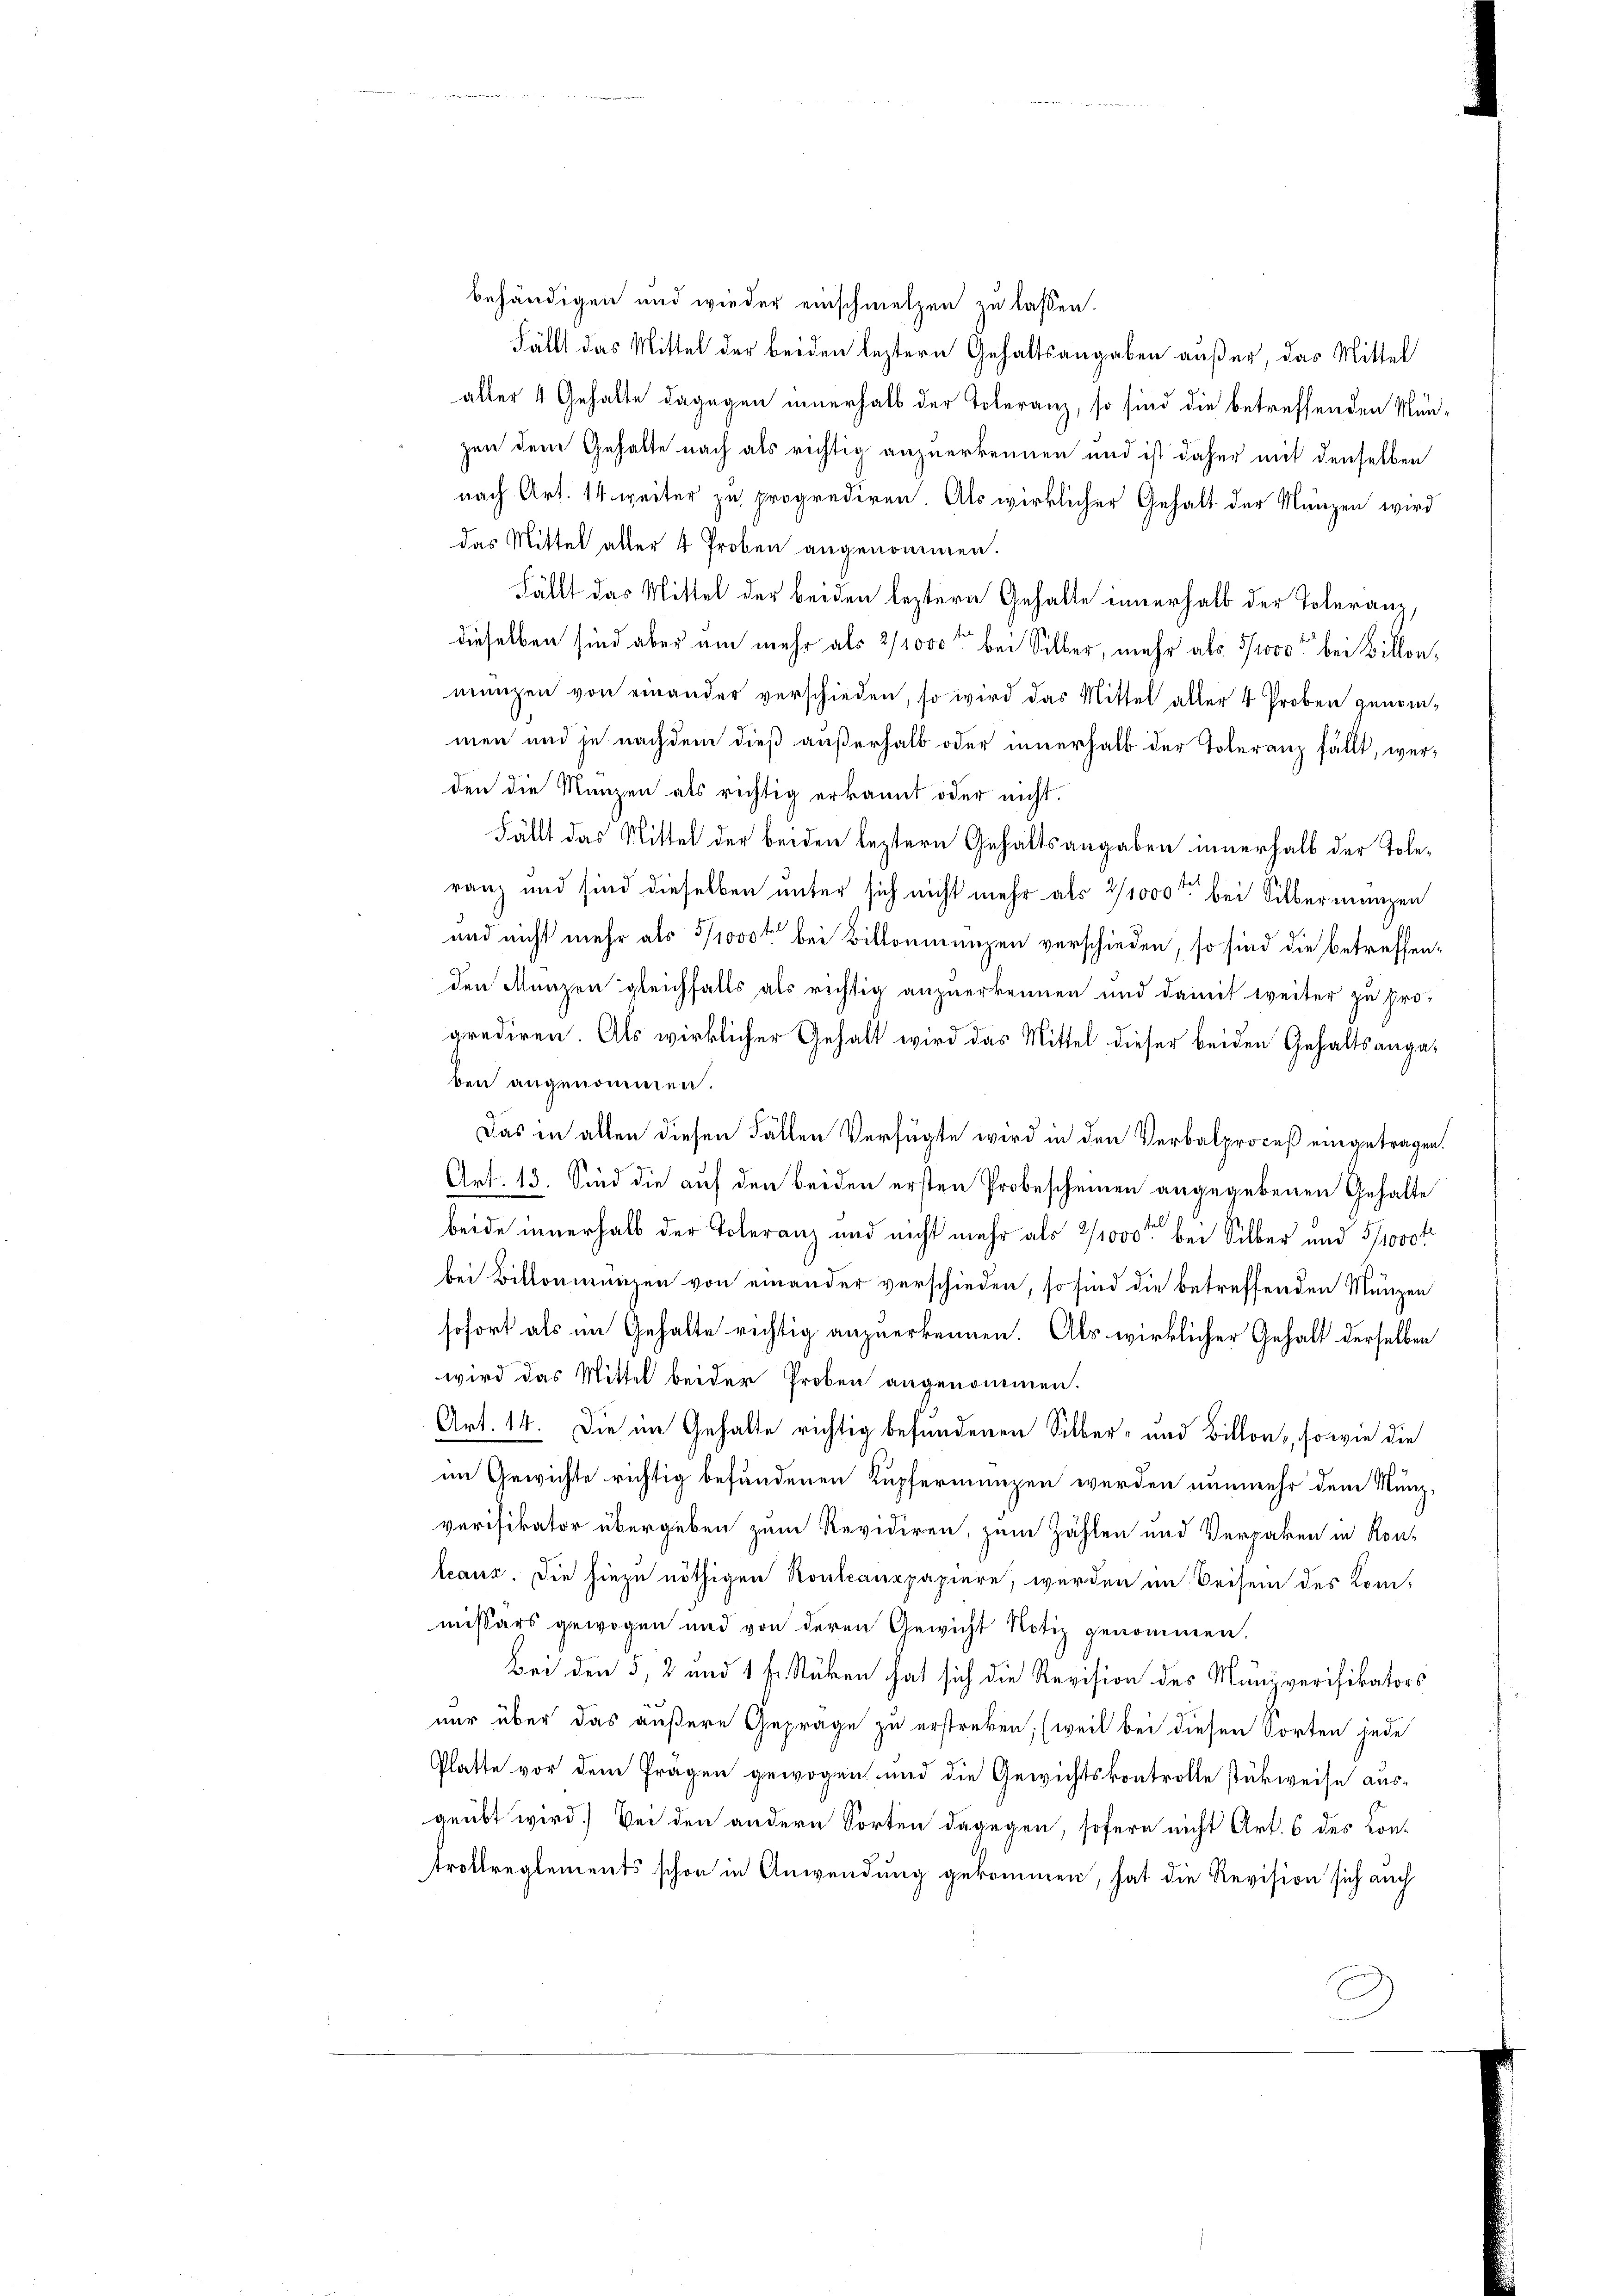
behändigen und wieder einschmelzen zu lassen.
Fällt das Mittel der beiden leztern Gehaltsangaben außer, das Mittel
aller 4 Gehalte dagegen innerhalb der Toleranz, so sind die betreffenden Münzen dem Gehalte nach als richtig anzuerkennen und ist daher mit denselben
nach Art. 14 weiter zu proprediren. Als wirklicher Gehalt der Mänzen wird
das Mittel aller 4 Proben angenommen.
Fällt das Mittel der beiden leztern Gehalte innerhalb der Toleranz,
dieselben sind aber am mehr als 2/1000 bei Silber, mehr als 5/1000 bei Billenmanzen von einander verschieden, so wird das Mittel aller 4 Proben genommen und je nachdem dieß außerhalb oder innerhalb der Toleranz fällt, werden die Manzen als richtig erkannt oder nicht.
Fällt das Mittel der beiden leztern Gehaltsangaben innerhalb der Toleranz und sind dieselben unter sich nicht mehr als 2/1000 bei Silbermangen
und nicht mehr als 5/1000 rtl bei Billonmengen verschieden, so sind die betreffenden Manzen gleichfalls als richtig anzuerkennen und damit weiter zu pro-
prediren. Als wirklicher Gehalt wird das Mittel dieser beiden Gehaltsangaben angenommen.
Das in alten diesen Fällen Verfügte wird in den Verbalproceß eingetragen.
Art. 13. Sind die auf den beiden ersten Probescheinen angegebenen Gehalte
beide innerhalb der Toleranz und nicht mehr als 2/1000 bei Silber und 3/1000f
bei Bittenmanzen von einander verschieden, so sind die betreffenden Mängen
sofort als im Gehalte richtig anzuerkennen. Als wirklicher Gehalt derselben
wird das Mittel beider Proben angenommen.
Art. 14. Die im Gehalte richtig befundenen Silber- und Billons, so wie die
im Gewichte richtig befundenen Kupfermanzen werden nunmehr dem Munz,
verifikator übergeben zum Revidiren, zum Zählen und Verpaken in Kon-
leaus. Die hiezu nöthigen Rontcaurpapiere, werden im Beisen des Kommissärs gewogen und von deren Gewicht Notiz genommen.
Bei den 5, 2 und 1 fl. Stücken hat sich die Revision des Manzverifikators
nur über das äußere Gepräge zu erstreken; (weil bei diesen Sorten jede
Platte vor dem Fragen gewogen und die Gewichtskontrolle stückweise ausgeübt wird. Bei den andern Sorten dagegen, sofern nicht Art. 6 des Con-
trottreglements schon in Anwendung gekommen, hat die Revision sich auch